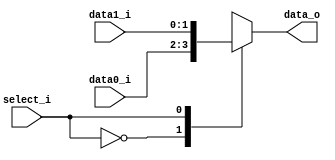
//Subject:     CO project 2 - MUX 2to1
//--------------------------------------------------------------------------------
//Version:     1
//--------------------------------------------------------------------------------
//Writer:      0616086
//----------------------------------------------
//----------------------------------------------
//Description: 
//--------------------------------------------------------------------------------
     
module MUX_2to1(
               data0_i,
               data1_i,
               select_i,
               data_o
               );

parameter size = 0;			   
			
//I/O ports               
input   [size-1:0] data0_i;          
input   [size-1:0] data1_i;
input              select_i;
output  [size-1:0] data_o; 

//Internal Signals
reg     [size-1:0] data_o;

//Main function
always@(*)begin
	case(select_i)
		1'b0:data_o<=data0_i;
		1'b1:data_o<=data1_i;
	endcase
end
endmodule